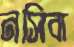
নসিবা